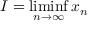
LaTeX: I = \operatorname* { l i m i n f } _ { n \to \infty } x _ { n }